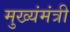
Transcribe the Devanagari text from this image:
मुख्यंमंत्री